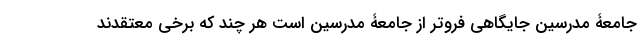
جامعۀ مدرسین جایگاهی فروتر از جامعۀ مدرسین است هر چند که برخی معتقدند